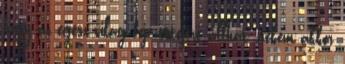
hogy az egész világ feje tetejére állhat, nekem akkor